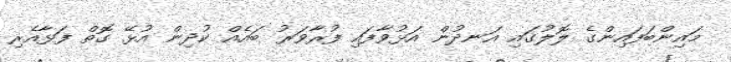
މައިންބަފައިންގެ ލޮލުގައި އަނދުން އަޅުވާފައި ފުރާވަރު ބައެއް ކުދިން އުޅޭ ގޮތް ފަޅާއެރި